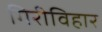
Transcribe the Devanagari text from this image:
गिरीविहार